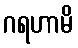
ဂရဟာမိ